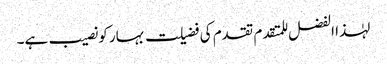
لہٰذا الفضل للمتقدم تقدم کی فضیلت بہار کو نصیب ہے۔